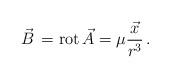
LaTeX: \begin{align*}\vec{B}\,={\rm rot}\, \vec{A}=\mu\frac{\vec{x}}{r^3}\,.\end{align*}